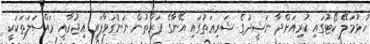
ހުޅުމަލޭ ކޯޓުގައި ކުރިއަށްދާ ނަޝީދުގެ ޝަރިޢަތުގައި އޭނާގެ ފަރާތުން ނަންގަވާފައި އިޖުރާއީ މައްސަލަތަކަކީ